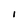
Character: I